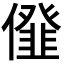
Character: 𠏪